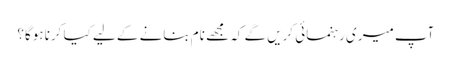
آپ میری رہنمائی کریں گے کہ مجھے نام بنانے کے لیے کیا کرنا ہوگا؟